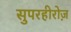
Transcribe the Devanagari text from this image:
सुपरहीरोज़